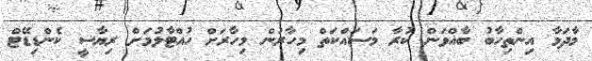
މާދަމާ އިންތިހާބު ބާއްވަން ކުރާ މަސައްކަތް މިހާރުން މިހާރަށް ހުއްޓާލުމަށް ރިޔާސީ ކެންޑިޑޭޓް